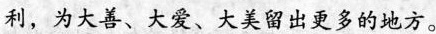
利，为大善、大爱、大美留出更多的地方。